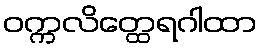
ဝက္ကလိတ္ထေရဂါထာ